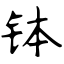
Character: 钵